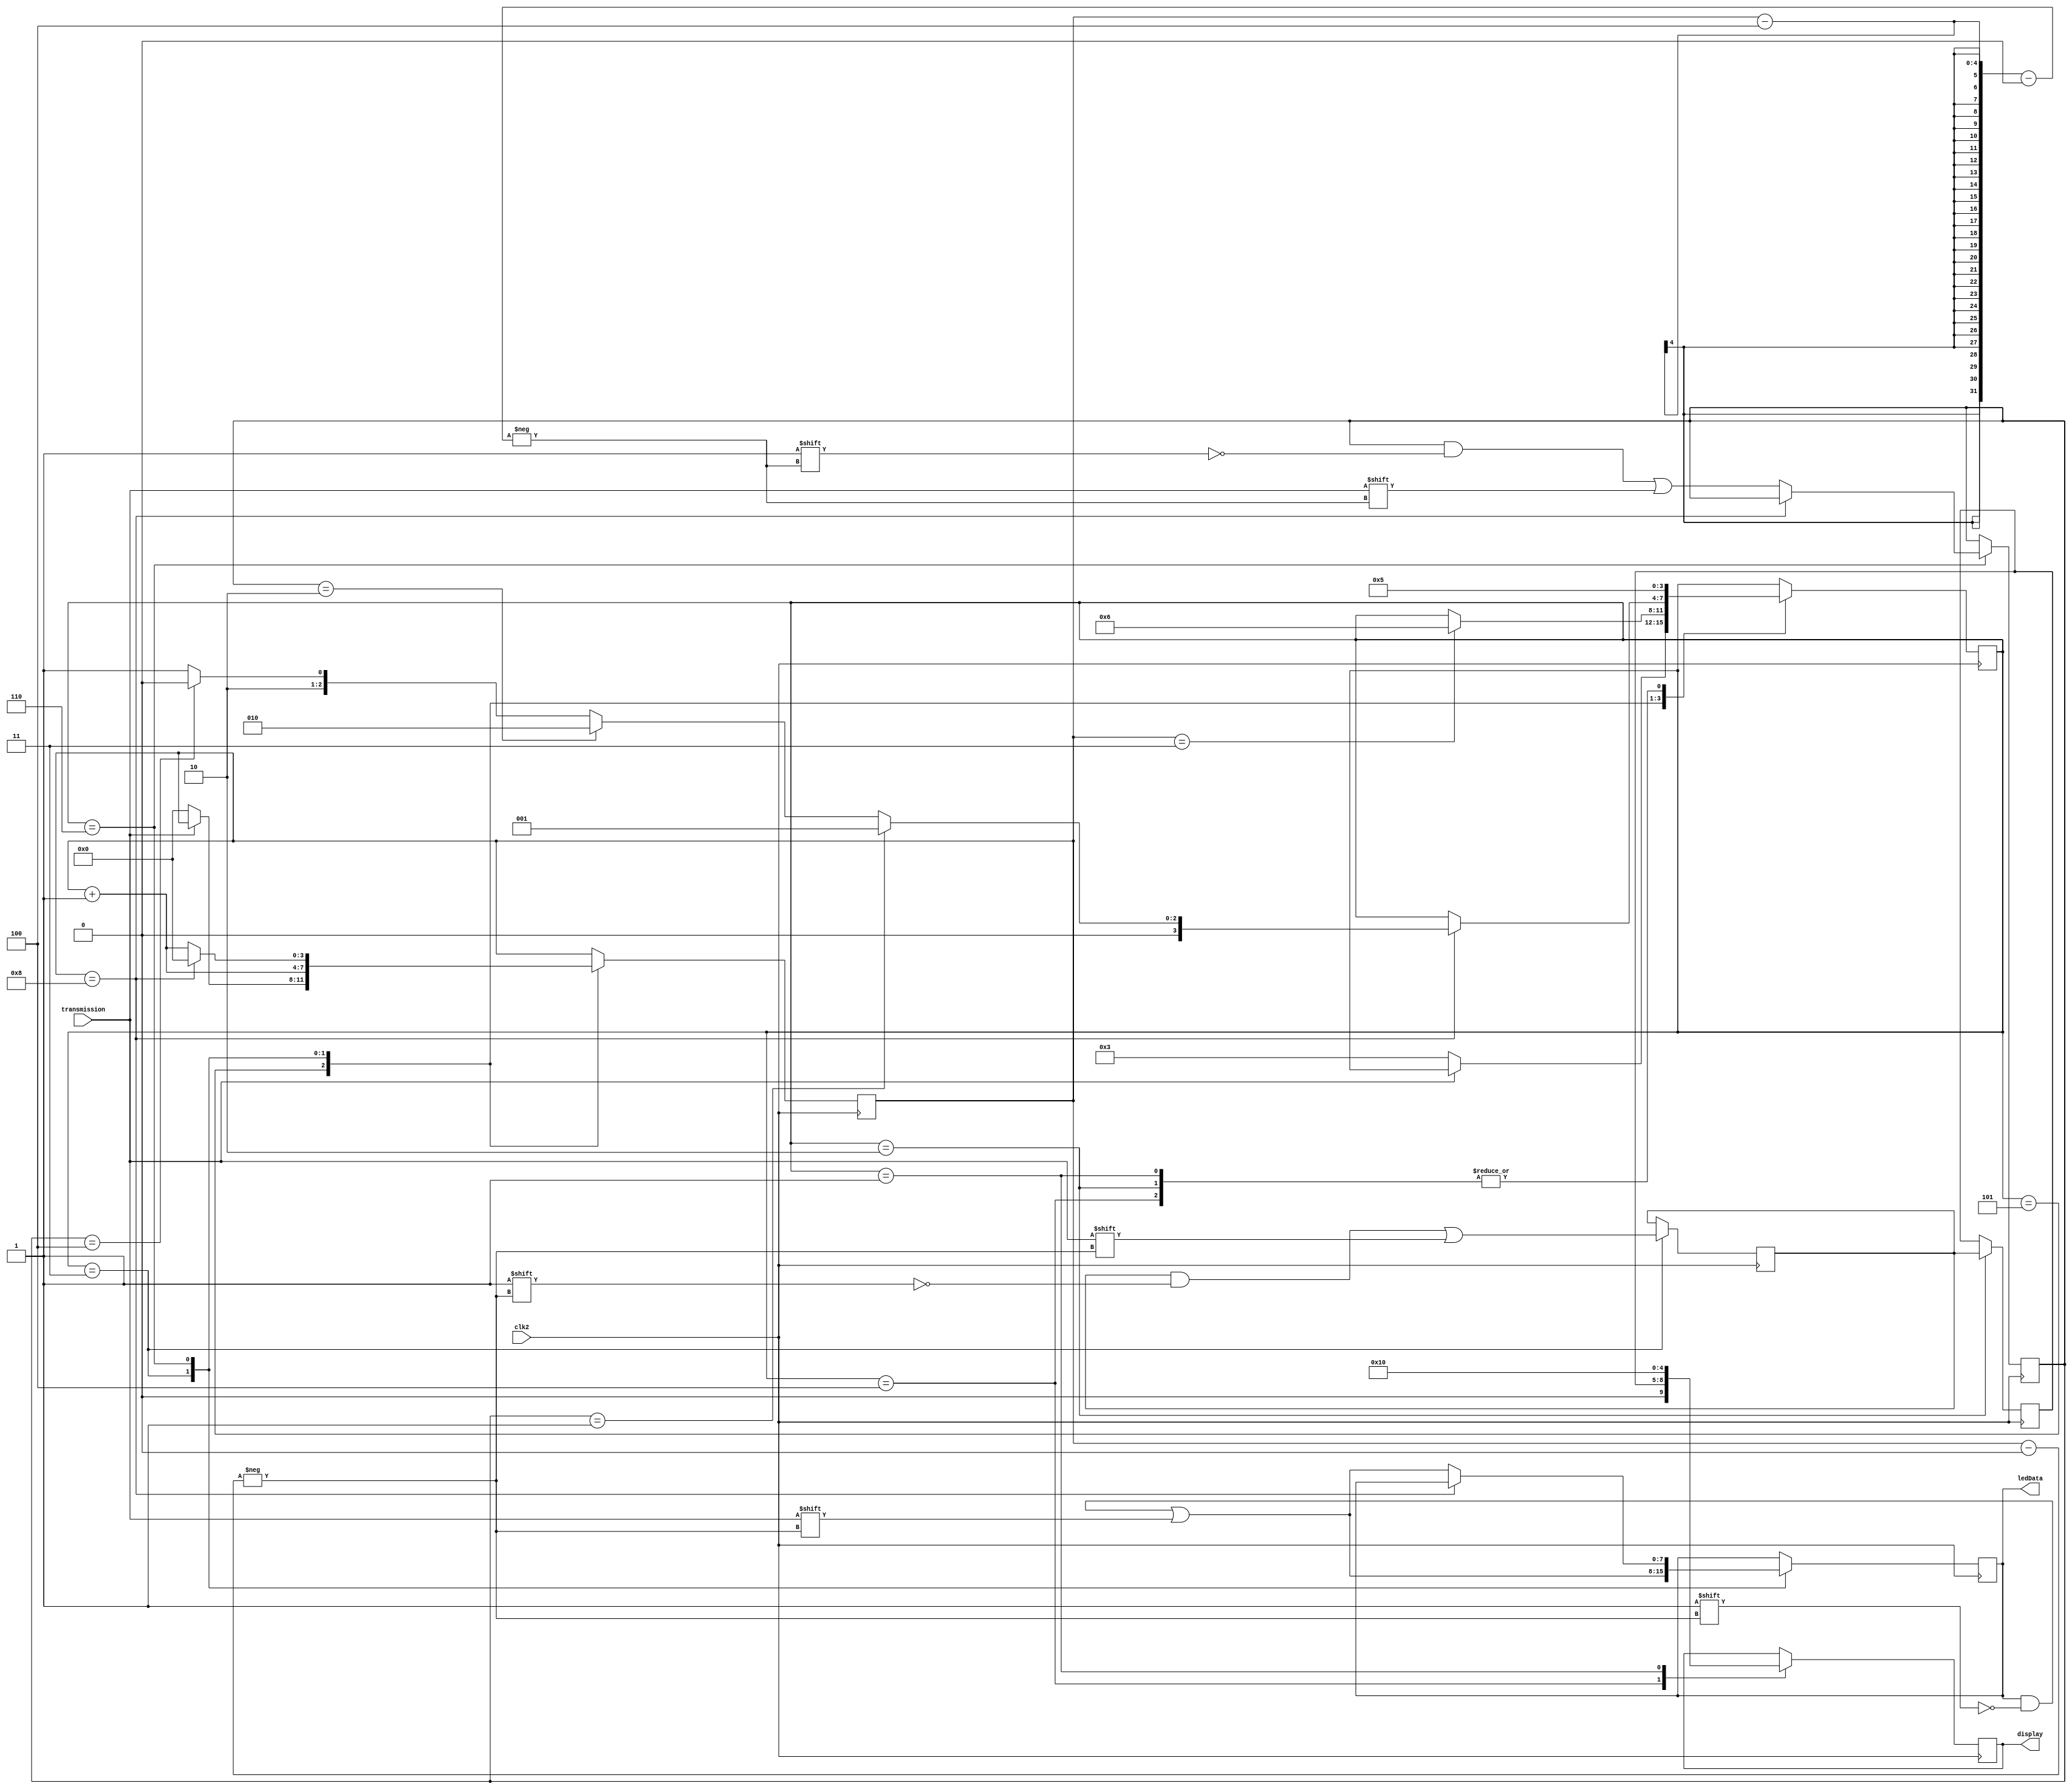
module rx(clk2, transmission, ledData, display);
    input clk2, transmission; // transmission => first 4 are instruction bits, last 4 are the data
    output [7:0]ledData;
    output [4:0]display;
    
    reg [7:0]led_date_placeholder;
    reg [4:0]display_placeholder;
    reg [3:0]dataRecorder; // Registrador de Data
    reg [3:0]dataRegistry;
    reg [3:0]instructionRecorder; // Registrador de Instruction
    reg [3:0]bitIndex; // Index do bit para saber quando para de pegar instruo e data
    reg [3:0]state = 5;
    parameter clean = 1, loadData = 3, storeData = 2, showData = 4, startBit = 5, getInstruction = 6;

    assign ledData = led_date_placeholder;
    assign display = display_placeholder;

    always @(posedge clk2) begin
        case(state)
            startBit: begin
                if(~transmission) begin
                    bitIndex <= 0;
                    state <= loadData;
                end
            end

            loadData: begin
                if(bitIndex == 3) begin
                    state <= getInstruction;
                end
                dataRecorder[bitIndex] <= transmission; // Instruction is after data
                led_date_placeholder[bitIndex] <= transmission;
                bitIndex <= bitIndex + 1;
            end

            getInstruction: begin // 4 5 6 7
                if(bitIndex == 8) begin
                    if(instructionRecorder == 1) state <= clean;
                    else begin 
                        if(instructionRecorder == 2) state <= storeData;
                        else begin
                            if(instructionRecorder == 4) state <= showData;
                            else state <= startBit;
                        end
                    end
                    bitIndex <= 0; // resetar para pegar o prximo transmission
                end
                else begin
                    instructionRecorder[bitIndex-4] <= transmission; // Instruction is after data
                    led_date_placeholder[bitIndex] <= transmission;
                    
                    bitIndex <= bitIndex + 1;
                end
            end

            showData: begin
                display_placeholder <= dataRegistry;
                state <= startBit;
            end

            storeData: begin
                dataRegistry <= dataRecorder;
                state <= startBit;
            end

            clean: begin
                display_placeholder <= 16;
                state <= startBit;
            end
        endcase
    end
endmodule